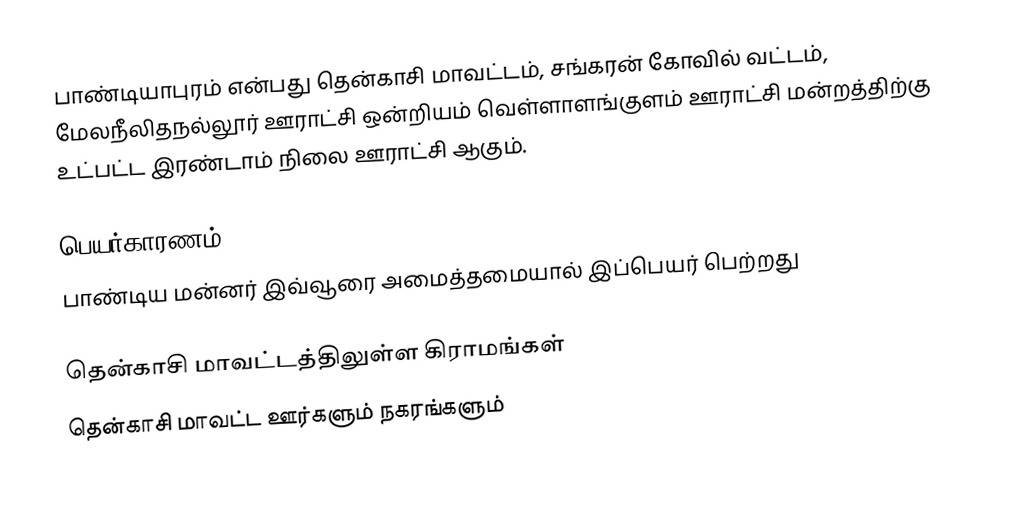
பாண்டியாபுரம் என்பது தென்காசி மாவட்டம், சங்கரன் கோவில் வட்டம், மேலநீலிதநல்லூர் ஊராட்சி ஒன்றியம் வெள்ளாளங்குளம் ஊராட்சி மன்றத்திற்கு உட்பட்ட இரண்டாம் நிலை ஊராட்சி ஆகும்.

பெயர்காரணம்
பாண்டிய மன்னர் இவ்வூரை அமைத்தமையால் இப்பெயர் பெற்றது

தென்காசி மாவட்டத்திலுள்ள கிராமங்கள்
தென்காசி மாவட்ட ஊர்களும் நகரங்களும்